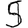
Digit: 5